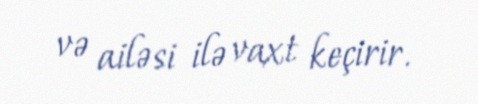
və ailəsi ilə vaxt keçirir.